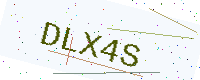
Text: DLX4S